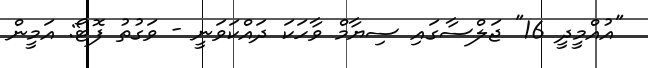
"އުއްމީދީ 16" ޖަލްސާގައި ސިޔާމް ވާހަކަ ދައްކަވަނީ - ވަގުތު ފޮޓޯ: އަމީން